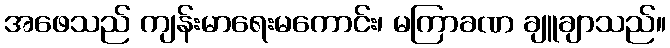
အဖေသည် ကျန်းမာရေးမကောင်း၊ မကြာခဏ ချူချာသည်။